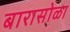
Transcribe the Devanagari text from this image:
बारासोळा